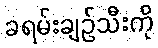
ခရမ်းချဉ်သီးကို